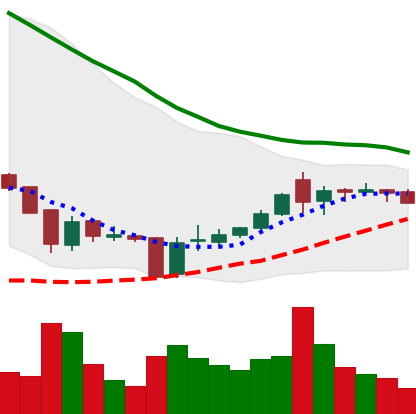
Ticker: XRP-USD
Chart end date: 2018-06-09
Forward return: -14.922%
Label: down_7plus